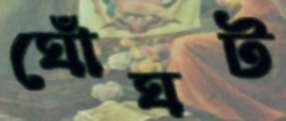
ঘোঁঘট